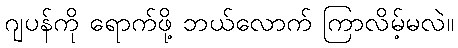
ဂျပန်ကို ရောက်ဖို့ ဘယ်လောက် ကြာလိမ့်မလဲ။